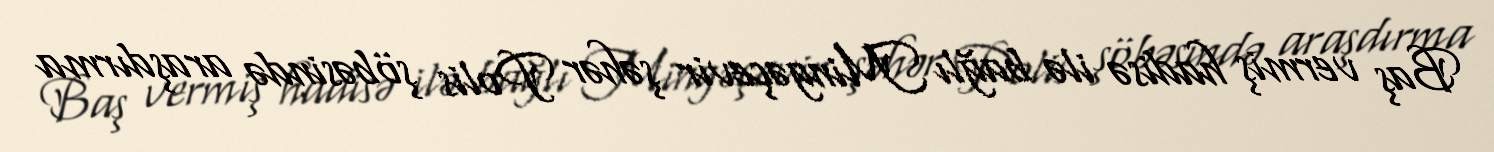
Baş vermiş hadisə ilə bağlı Mingəçevir şəhər Polis şöbəsində araşdırma